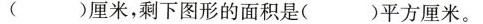
（）厘米，剩下图形的面积是（）平方厘米。